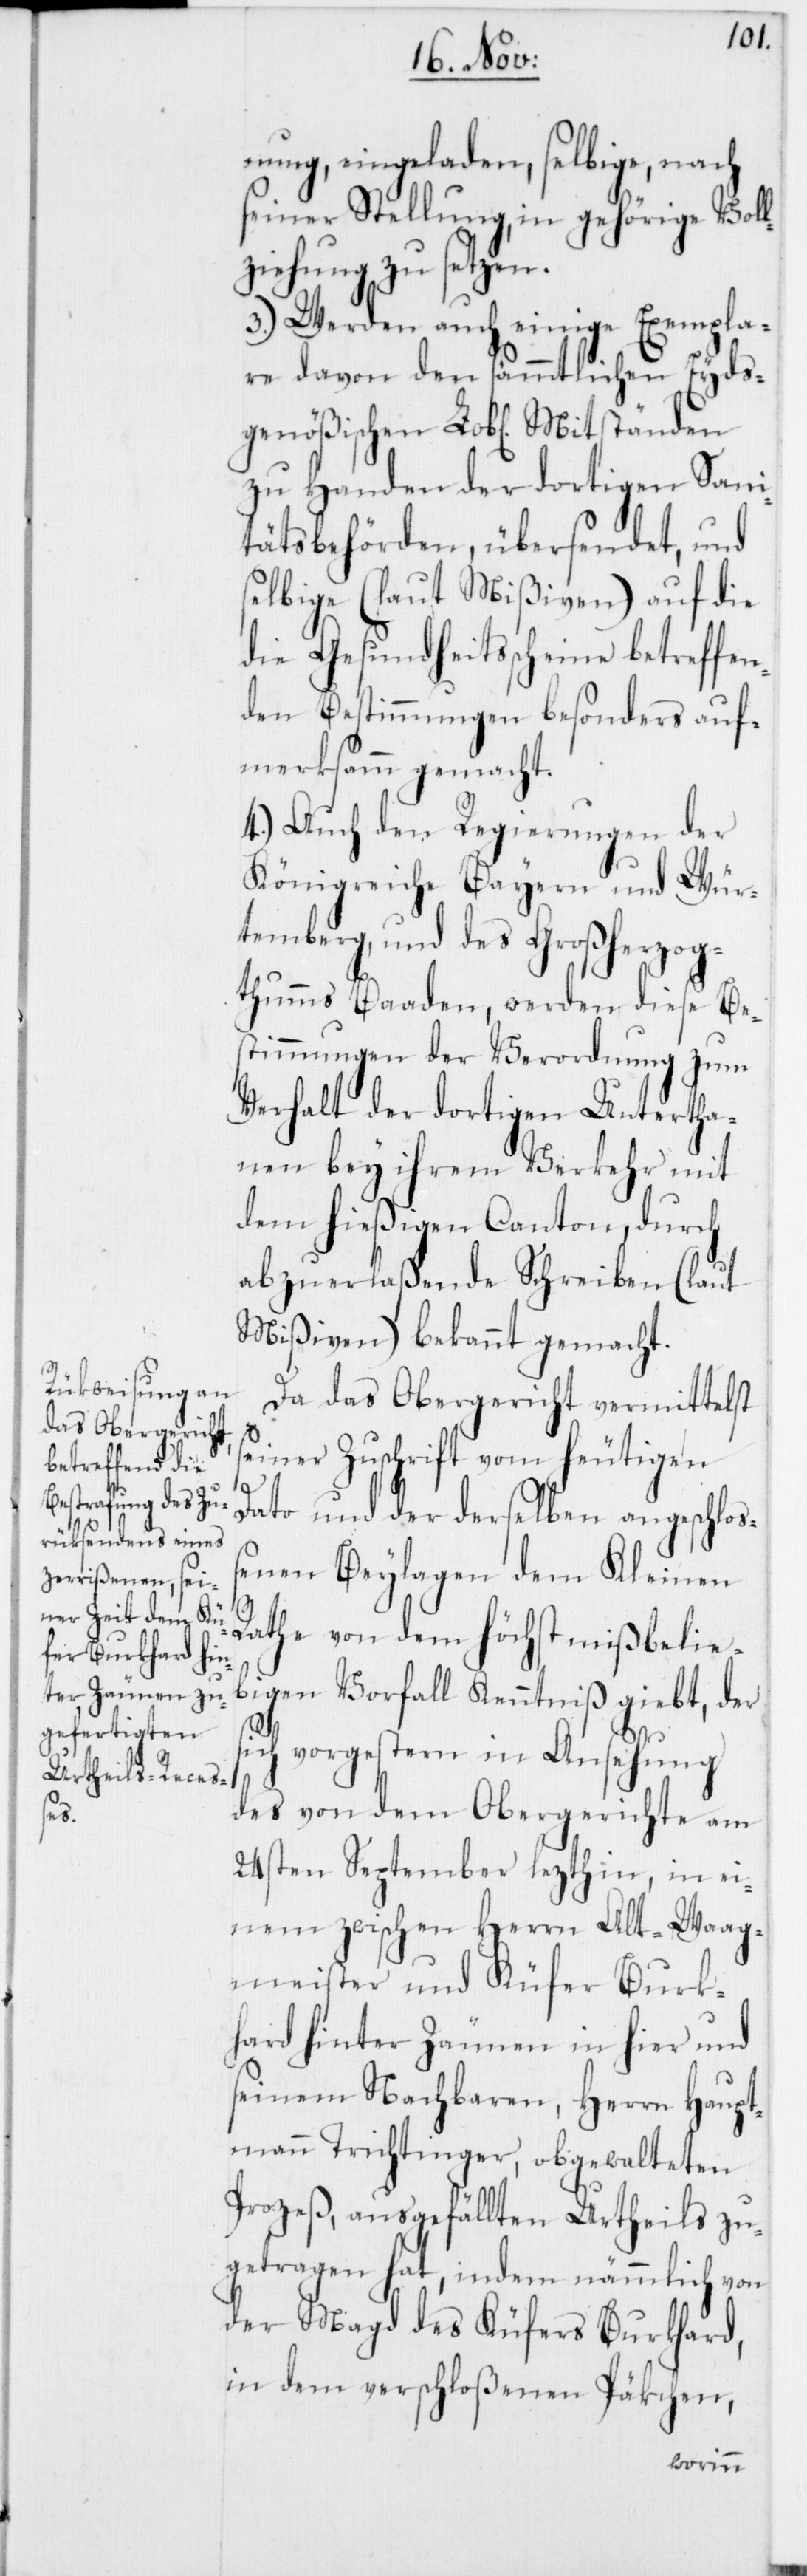
nung, eingeladen, selbige, nach
seiner Stellung, in gehörige Vol¬
lziehung zu setzen.
3.) Werden auch einige Exempla¬
re davon den sämmtlichen Eyds¬
genößischen L. Mitständen
zu Handen der dortigen Sani¬
tätsbehörden, übersendet, und
selbige (laut Mißiven) auf die
die Gesundheitsscheine betreffen¬
den Bestimmungen besonders auf¬
merksamm gemacht.
4.) Auch den Regierungen der
Königreiche Bayern und Wür¬
temberg, und des Großherzog¬
thums Baaden, werden diese Be¬
stimmungen der Verordnung zum
Verhalt der dortigen Untertha¬
nen bey ihrem Verkehr mit
dem hießigen Canton, durch
abzuerlaßende Schreiben (laut
Mißiven) bekannt gemacht.
Da das Obergericht vermittelst
seiner Zuschrift vom heutigen
Dato und der derselben angeschloß¬
enen Beylagen dem Kleinen
Rathe von dem höchst mißbelie¬
bigen Vorfall Kenntniß giebt, der
sich vorgestern in Ansehung
des von dem Obergerichte am
24sten September lezthin, in ei¬
nem zwischen Herrn Alt-Waag¬
meister und Küfer Burk¬
hard hinter Zäunen in hier und
seinem Nachbaren, Herrn Haupt¬
mann Trichtinger, obgewalteten
Prozeß, ausgefällten Urtheils zu¬
getragen hat, indem nämmlich von
der Magd des Küfers Burkhard,
in dem verschloßenen Päkchen,